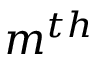
m ^ { t h }